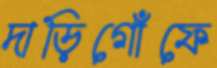
দাড়িগোঁফে